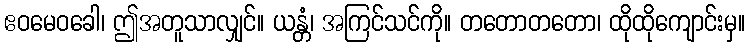
ဧဝမေဝခေါ၊ ဤအတူသာလျှင်။ ယန္တံ၊ အကြင်သင်ကို။ တတောတတော၊ ထိုထိုကျောင်းမှ။